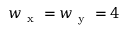
w _ { \mathrm { ~ x ~ } } = w _ { \mathrm { ~ y ~ } } = 4